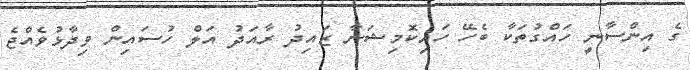
ގެ އިންސާނީ ހައްގުތަކާ ބެހޭ ހައިކޮމިޝަނާ ޒައިދު ރާއަދު އަލް ހުސައިން ވިދާޅުވެއްޖެ